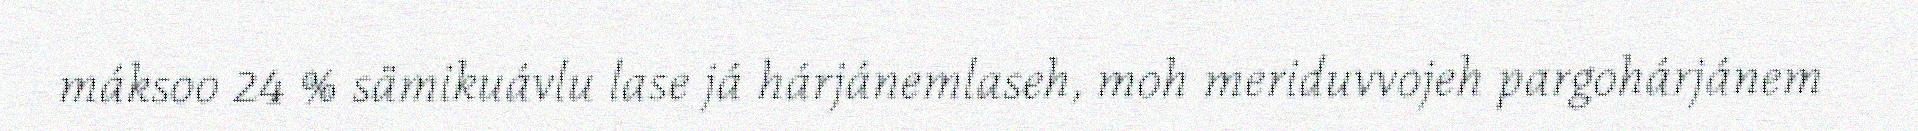
máksoo 24 % sämikuávlu lase já hárjánemlaseh, moh meriduvvojeh pargohárjánem